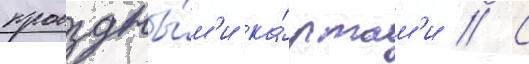
проездны́м'и ка́ртам'и // С